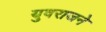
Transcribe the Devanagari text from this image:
युवराजने